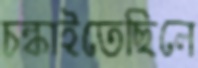
চল্‌কাইতেছিলে